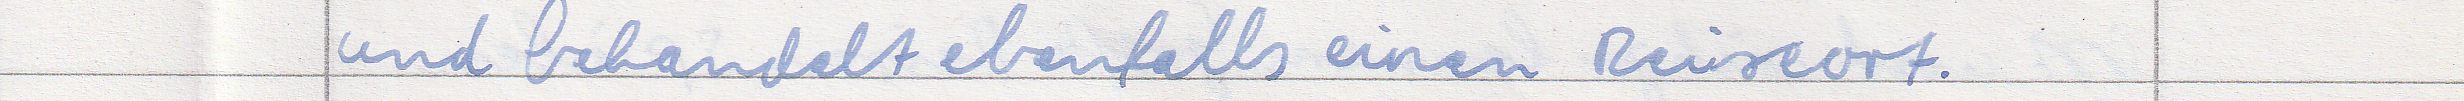
und behandelt ebenfalls einen Reiseort.